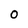
Character: 0